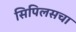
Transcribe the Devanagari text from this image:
सिपिलसचा